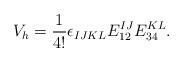
LaTeX: \begin{align*}V_h = {1\over 4!} \epsilon_{IJKL} E_{12}^{IJ} E_{34}^{KL}.\end{align*}